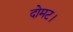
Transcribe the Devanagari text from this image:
दोमट।